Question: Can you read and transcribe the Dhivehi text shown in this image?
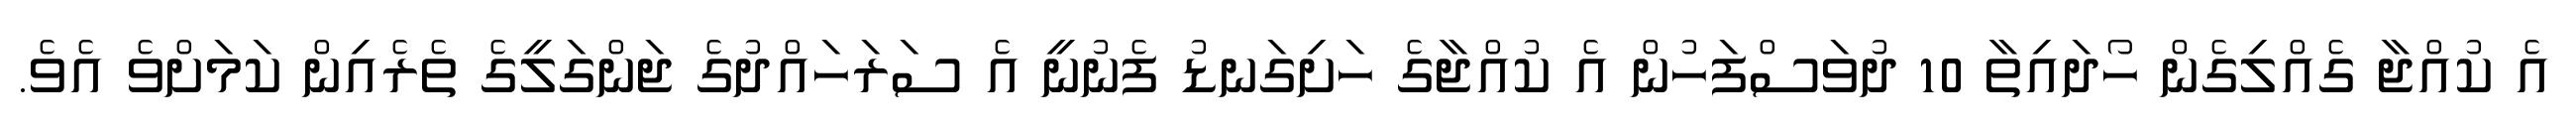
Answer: އެ ކުއްޖާ ގެއްލިގެން ހޯދައިތާ 10 ދުވަސްފަހުން އެ ކުއްޖާގެ ހަށިގަނޑު ފެނުނީ އެ ސަރަހައްދުގެ ޖަންގަލީގެ ތެރެއިން ކަމަށްވެ އެވެ.